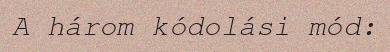
A három kódolási mód: